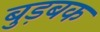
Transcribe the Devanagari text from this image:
बुड़बक